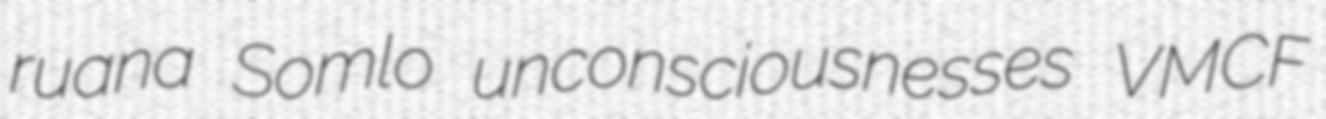
ruana Somlo unconsciousnesses VMCF